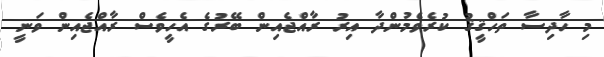
މި ހާދިސާ ތަހްޤީޤު ކުރެވެމުންދާ އިރު ރާއްޖެއިން ބޭރުގެ އެހީވެސް ރާއްޖެއިން ވަނީ